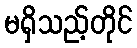
မရှိသည့်တိုင်